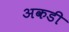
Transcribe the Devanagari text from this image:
अकडी